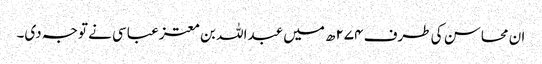
ان محاسن کی طرف ۲۷۴ھ میں عبداللہ بن معتز عباسی نے توجہ دی۔